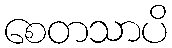
စေတသာပိ